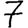
Digit: 7